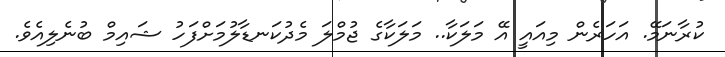
ކުރާނަމޭ. އަހަރެން މިއައީ އޭ މަލަކާ.. މަލަކާގެ ޖުމްލަ މެދުކަނޑާލުމަށްފަހު ޝައިމް ބުނެލިއެވެ.